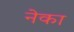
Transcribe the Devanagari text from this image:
नेका